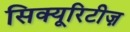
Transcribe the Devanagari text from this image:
सिक्यूरिटीज़